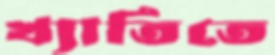
খ্যাতিতে